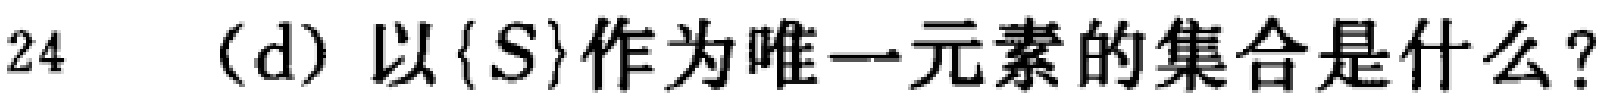
24 (d) 以\(\{S\}\)作为唯一元素的集合是什么？